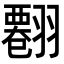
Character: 𦒘